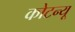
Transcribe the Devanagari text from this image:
कोटन्यू